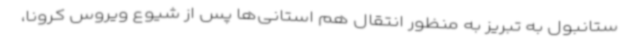
ستانبول به تبریز به منظور انتقال هم استانی‌ها پس از شیوع ویروس کرونا،